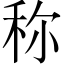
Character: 称